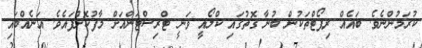
ކުރަމުންނެވެ. ބައެއް ރިޕޯޓްތަކުން ބުނާ ގޮތުގައި ކްލޯއީ ވަނީ ޓްރިސްޓަންއަށް މާފުކޮށްފައެވެ. އަނެއްބައި